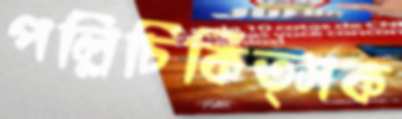
পল্লিচিকিত্সক